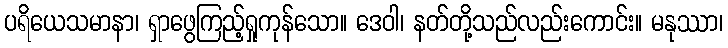
ပရိယေသမာနာ၊ ရှာဖွေကြည့်ရှုကုန်သော။ ဒေဝါ၊ နတ်တို့သည်လည်းကောင်း။ မနုဿာ၊